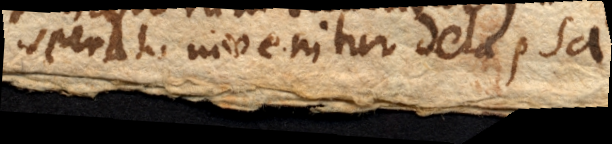
sperato invenitur delapsa